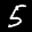
Label: 5